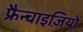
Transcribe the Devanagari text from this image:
फ्रैन्चाइज़ियों